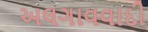
અલગાવવાદી